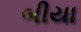
બીયા